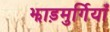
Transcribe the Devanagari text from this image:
झाड़मुर्गियाँ